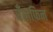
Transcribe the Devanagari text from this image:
पँराफिन